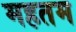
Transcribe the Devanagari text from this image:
महतम